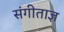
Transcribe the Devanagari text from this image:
संगीताज्ञ